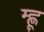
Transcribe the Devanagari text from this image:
म्ह्णू